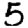
Digit: 5